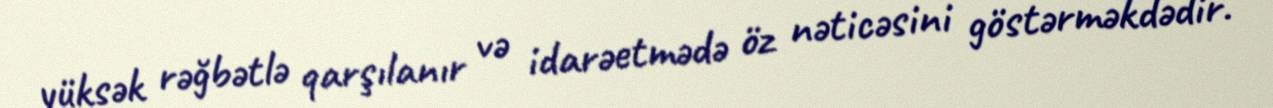
yüksək rəğbətlə qarşılanır və idarəetmədə öz nəticəsini göstərməkdədir.